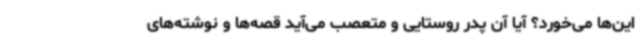
این‌ها می‌خورد؟ آیا آن پدر روستایی و متعصب می‌آید قصه‌ها و نوشته‌های